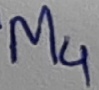
Text: M4